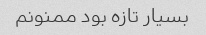
بسیار تازه بود ممنونم